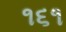
૧૬૧